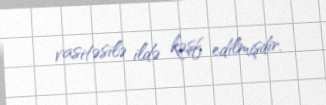
vasitəsilə ildə kəşf edilmişdir.